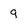
Character: 9